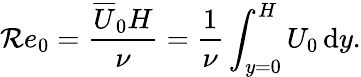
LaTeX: \mathcal{R}e_{0}=\frac{{\overline{{{U}}}_{0}H}}{{\nu}}=\frac{{1}}{{\nu}}\int_{y=0}^{H}U_{0}\, \mathrm{{d}}y.